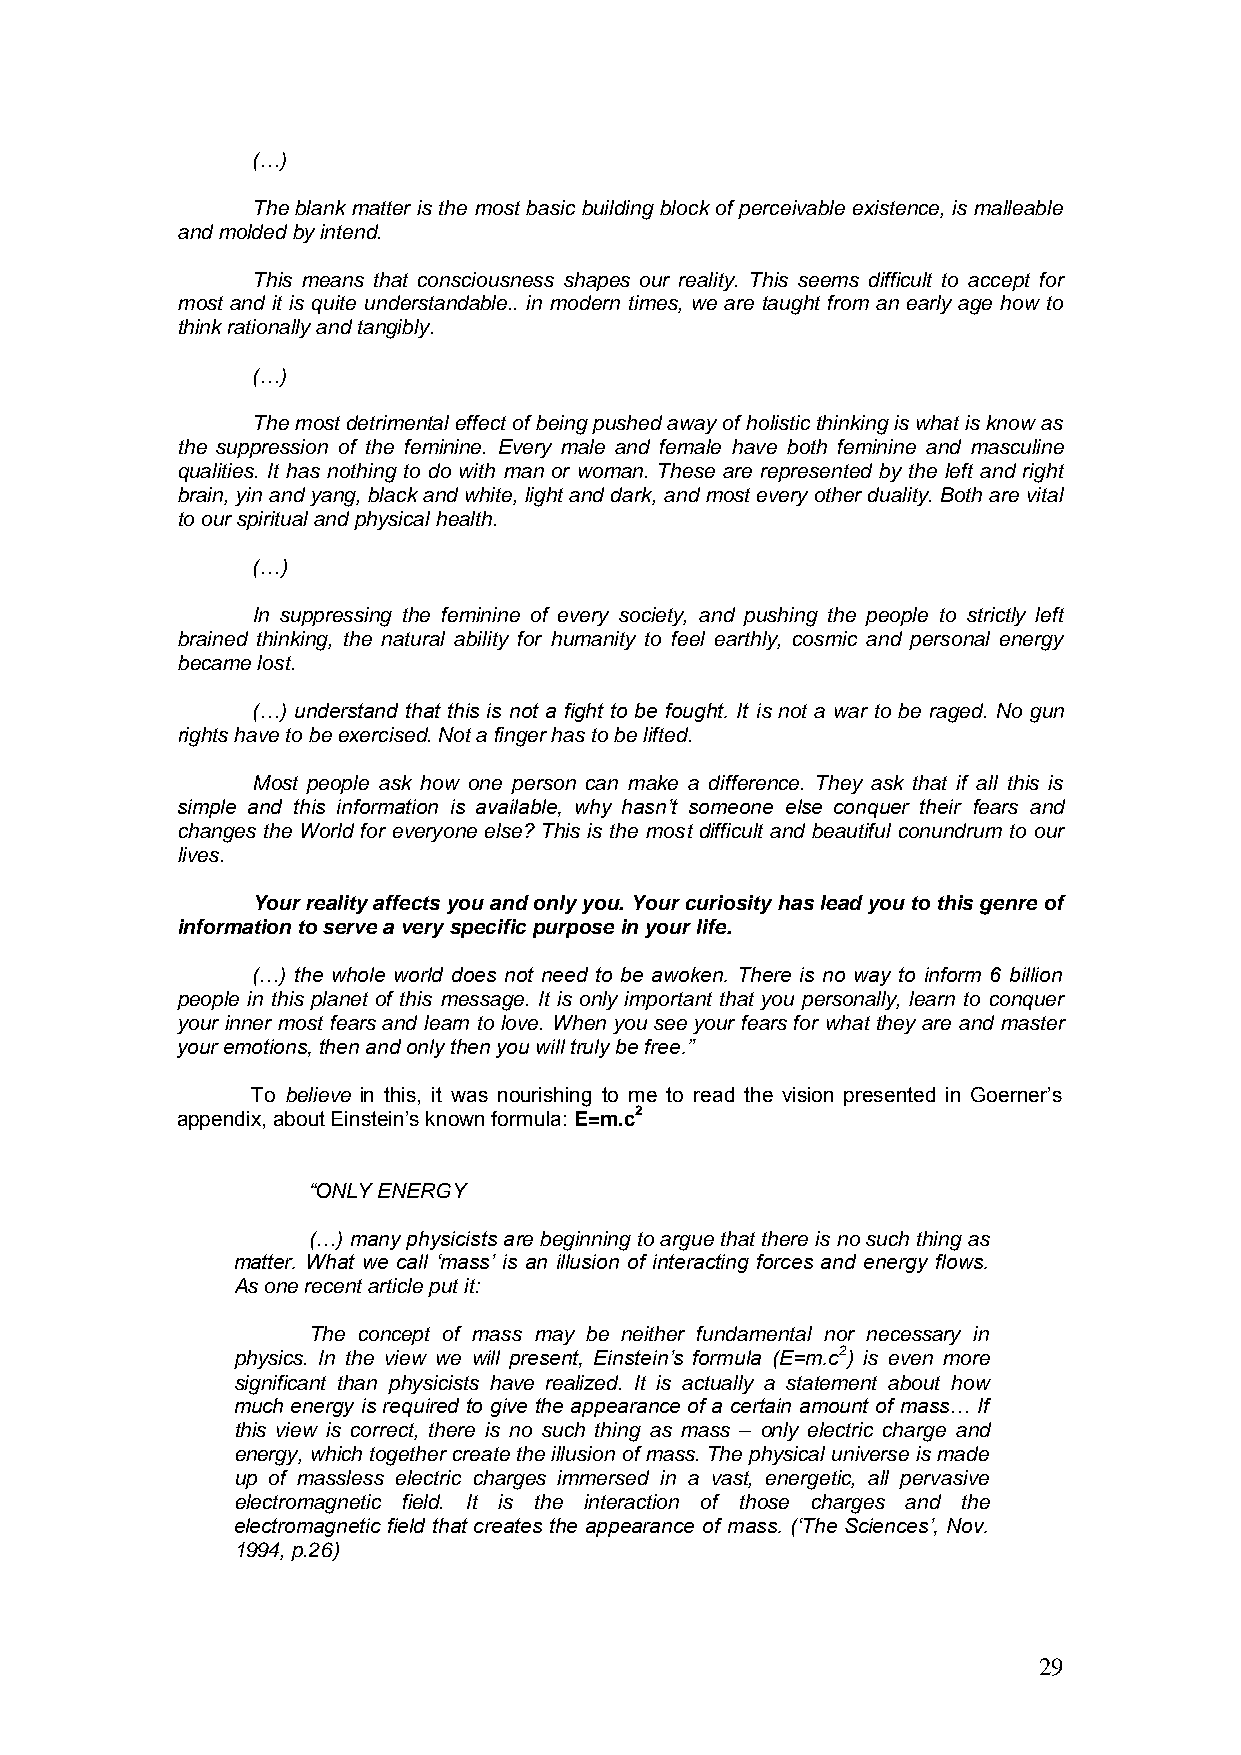
(…)
 The blank matter is the most basic building block of perceivable existence, is malleable
 and molded by intend.
 This means that consciousness shapes our reality. This seems difficult to accept for
 most and it is quite understandable.. in modern times, we are taught from an early age how to
 think rationally and tangibly.
 (…)
 The most detrimental effect of being pushed away of holistic thinking is what is know as
 the suppression of the feminine. Every male and female have both feminine and masculine
 qualities. It has nothing to do with man or woman. These are represented by the left and right
 brain, yin and yang, black and white, light and dark, and most every other duality. Both are vital
 to our spiritual and physical health.
 (…)
 In suppressing the feminine of every society, and pushing the people to strictly left
 brained thinking, the natural ability for humanity to feel earthly, cosmic and personal energy
 became lost.
 (…) understand that this is not a fight to be fought. It is not a war to be raged. No gun
 rights have to be exercised. Not a finger has to be lifted.
 Most people ask how one person can make a difference. They ask that if all this is
 simple and this information is available, why hasn‟t someone else conquer their fears and
 changes the World for everyone else? This is the most difficult and beautiful conundrum to our
 lives.
 Your reality affects you and only you. Your curiosity has lead you to this genre of
 information to serve a very specific purpose in your life.
 (…) the whole world does not need to be awoken. There is no way to inform 6 billion
 people in this planet of this message. It is only important that you personally, learn to conquer
 your inner most fears and learn to love. When you see your fears for what they are and master
 your emotions, then and only then you will truly be free.”
 To believe in this, it was nourishing to me to read the vision presented in Goerner’s
 appendix, about Einstein’s known formula: E=m.c2
 “ONLY ENERGY
 (…) many physicists are beginning to argue that there is no such thing as
 matter. What we call „mass‟ is an illusion of interacting forces and energy flows.
 As one recent article put it:
 The concept of mass may be neither fundamental nor necessary in
 physics. In the view we will present, Einstein‟s formula (E=m.c2) is even more
 significant than physicists have realized. It is actually a statement about how
 much energy is required to give the appearance of a certain amount of mass… If
 this view is correct, there is no such thing as mass – only electric charge and
 energy, which together create the illusion of mass. The physical universe is made
 up of massless electric charges immersed in a vast, energetic, all pervasive
 electromagnetic field. It is the interaction of those charges and the
 electromagnetic field that creates the appearance of mass. („The Sciences‟, Nov.
 1994, p.26)
 29